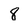
Character: 8